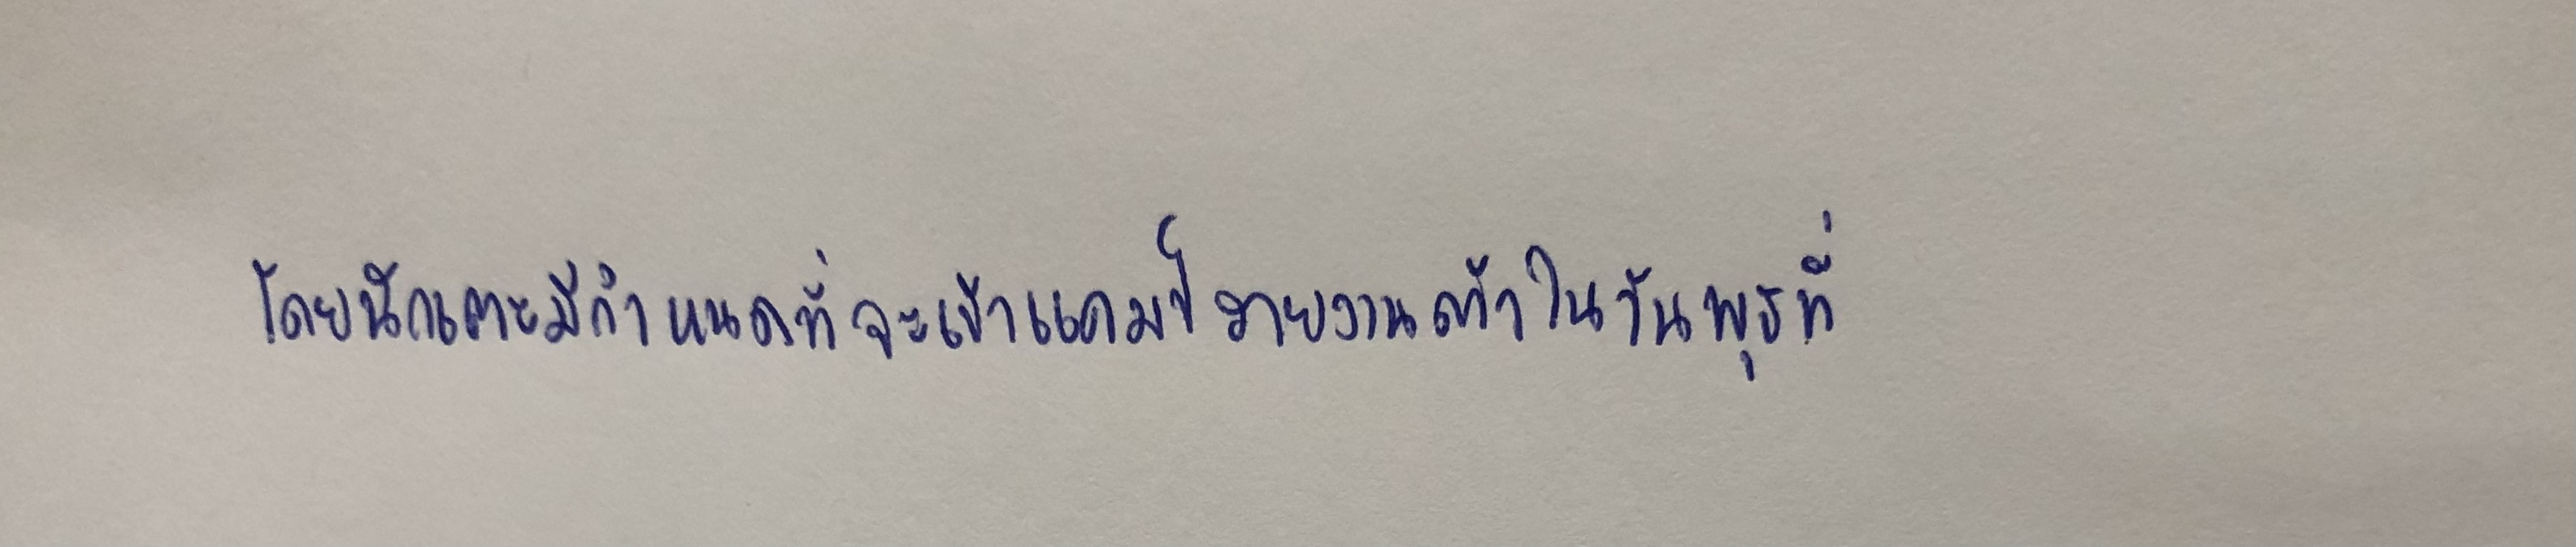
โดยนักเตะมีกำหนดที่จะเข้าแคมป์รายงานตัวในวันพุธที่